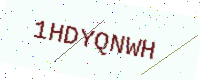
Text: 1HDYQNWH